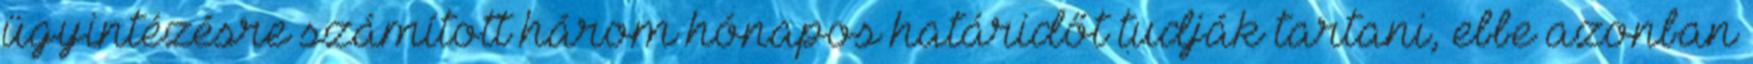
ügyintézésre számított három hónapos határidőt tudják tartani, ebbe azonban